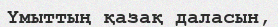
Үмыттың қазақ даласын,